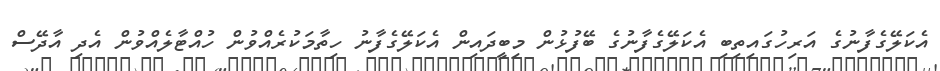
އެކަލޭގެފާނުގެ އަރިހުގައިތިބި އެކަލޭގެފާނުގެ ބޭފުޅުން މިބީދައިން އެކަލޭގެފާނު ހިތާމަކުރެއްވުން ހުއްޓާލެއްވުން އެދި އާދޭސް